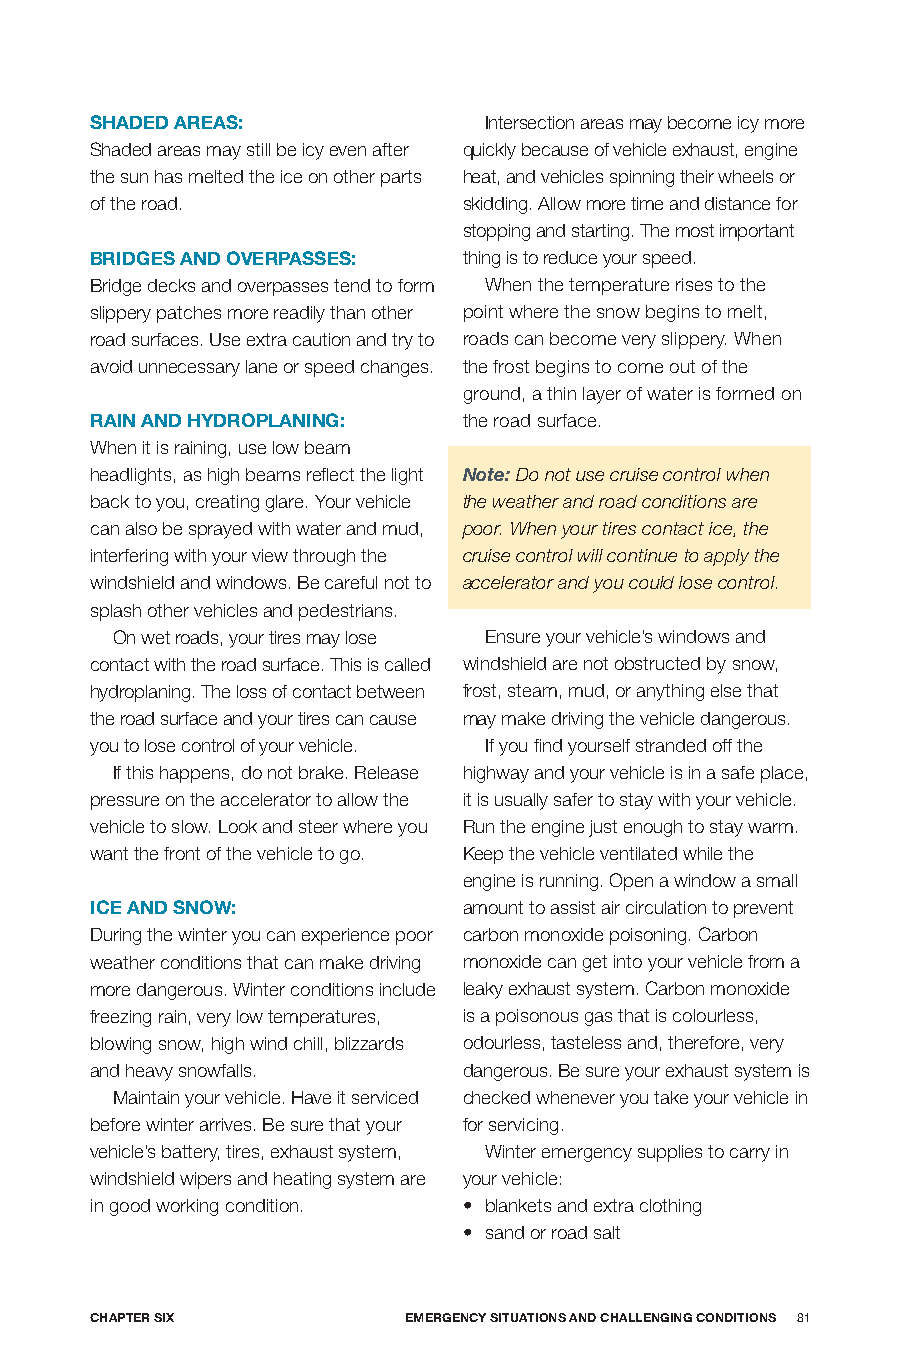
SHADED AREAS:             Intersection areas may become icy more
 Shaded areas may still be icy even after quickly because of vehicle exhaust, engine
 the sun has melted the ice on other parts heat, and vehicles spinning their wheels or
 of the road.             skidding. Allow more time and distance for
 stopping and starting. The most important
 bRIDGES AnD oVERpASSES:  thing is to reduce your speed.
 Bridge decks and overpasses tend to form When the temperature rises to the
 slippery patches more readily than other point where the snow begins to melt,
 road surfaces. Use extra caution and try to roads can become very slippery. When
 avoid unnecessary lane or speed changes. the frost begins to come out of the
 ground, a thin layer of water is formed on
 RAIn AnD HyDRopLAnInG:   the road surface.
 When it is raining, use low beam
 headlights, as high beams reflect the light Note: Do not use cruise control when
 back to you, creating glare. Your vehicle the weather and road conditions are
 can also be sprayed with water and mud, poor. When your tires contact ice, the
 interfering with your view through the cruise control will continue to apply the
 windshield and windows. Be careful not to accelerator and you could lose control.
 splash other vehicles and pedestrians.
 On wet roads, your tires may lose Ensure your vehicle’s windows and
 contact with the road surface. This is called windshield are not obstructed by snow,
 hydroplaning. The loss of contact between frost, steam, mud, or anything else that
 the road surface and your tires can cause may make driving the vehicle dangerous.
 you to lose control of your vehicle. If you find yourself stranded off the
 If this happens, do not brake. Release highway and your vehicle is in a safe place,
 pressure on the accelerator to allow the it is usually safer to stay with your vehicle.
 vehicle to slow. Look and steer where you Run the engine just enough to stay warm.
 want the front of the vehicle to go. Keep the vehicle ventilated while the
 engine is running. Open a window a small
 ICE AnD Snow:            amount to assist air circulation to prevent
 During the winter you can experience poor carbon monoxide poisoning. Carbon
 weather conditions that can make driving monoxide can get into your vehicle from a
 more dangerous. Winter conditions include leaky exhaust system. Carbon monoxide
 freezing rain, very low temperatures, is a poisonous gas that is colourless,
 blowing snow, high wind chill, blizzards odourless, tasteless and, therefore, very
 and heavy snowfalls.     dangerous. Be sure your exhaust system is
 Maintain your vehicle. Have it serviced checked whenever you take your vehicle in
 before winter arrives. Be sure that your for servicing.
 vehicle’s battery, tires, exhaust system, Winter emergency supplies to carry in
 windshield wipers and heating system are your vehicle:
 in good working condition. • blankets and extra clothing
 • sand or road salt
 CHApTER SIX          EmERGEnCy SITUATIonS AnD CHALLEnGInG ConDITIonS 81